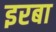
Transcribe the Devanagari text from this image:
इरबा